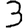
Digit: 3